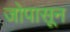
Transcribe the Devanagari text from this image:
जोपासून